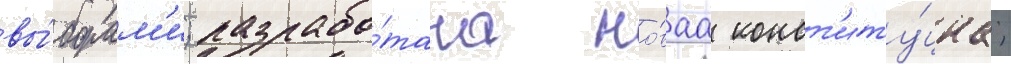
вы́борам'и; разрабо́тана но́ваа конст'иту́циа;